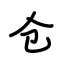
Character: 仓